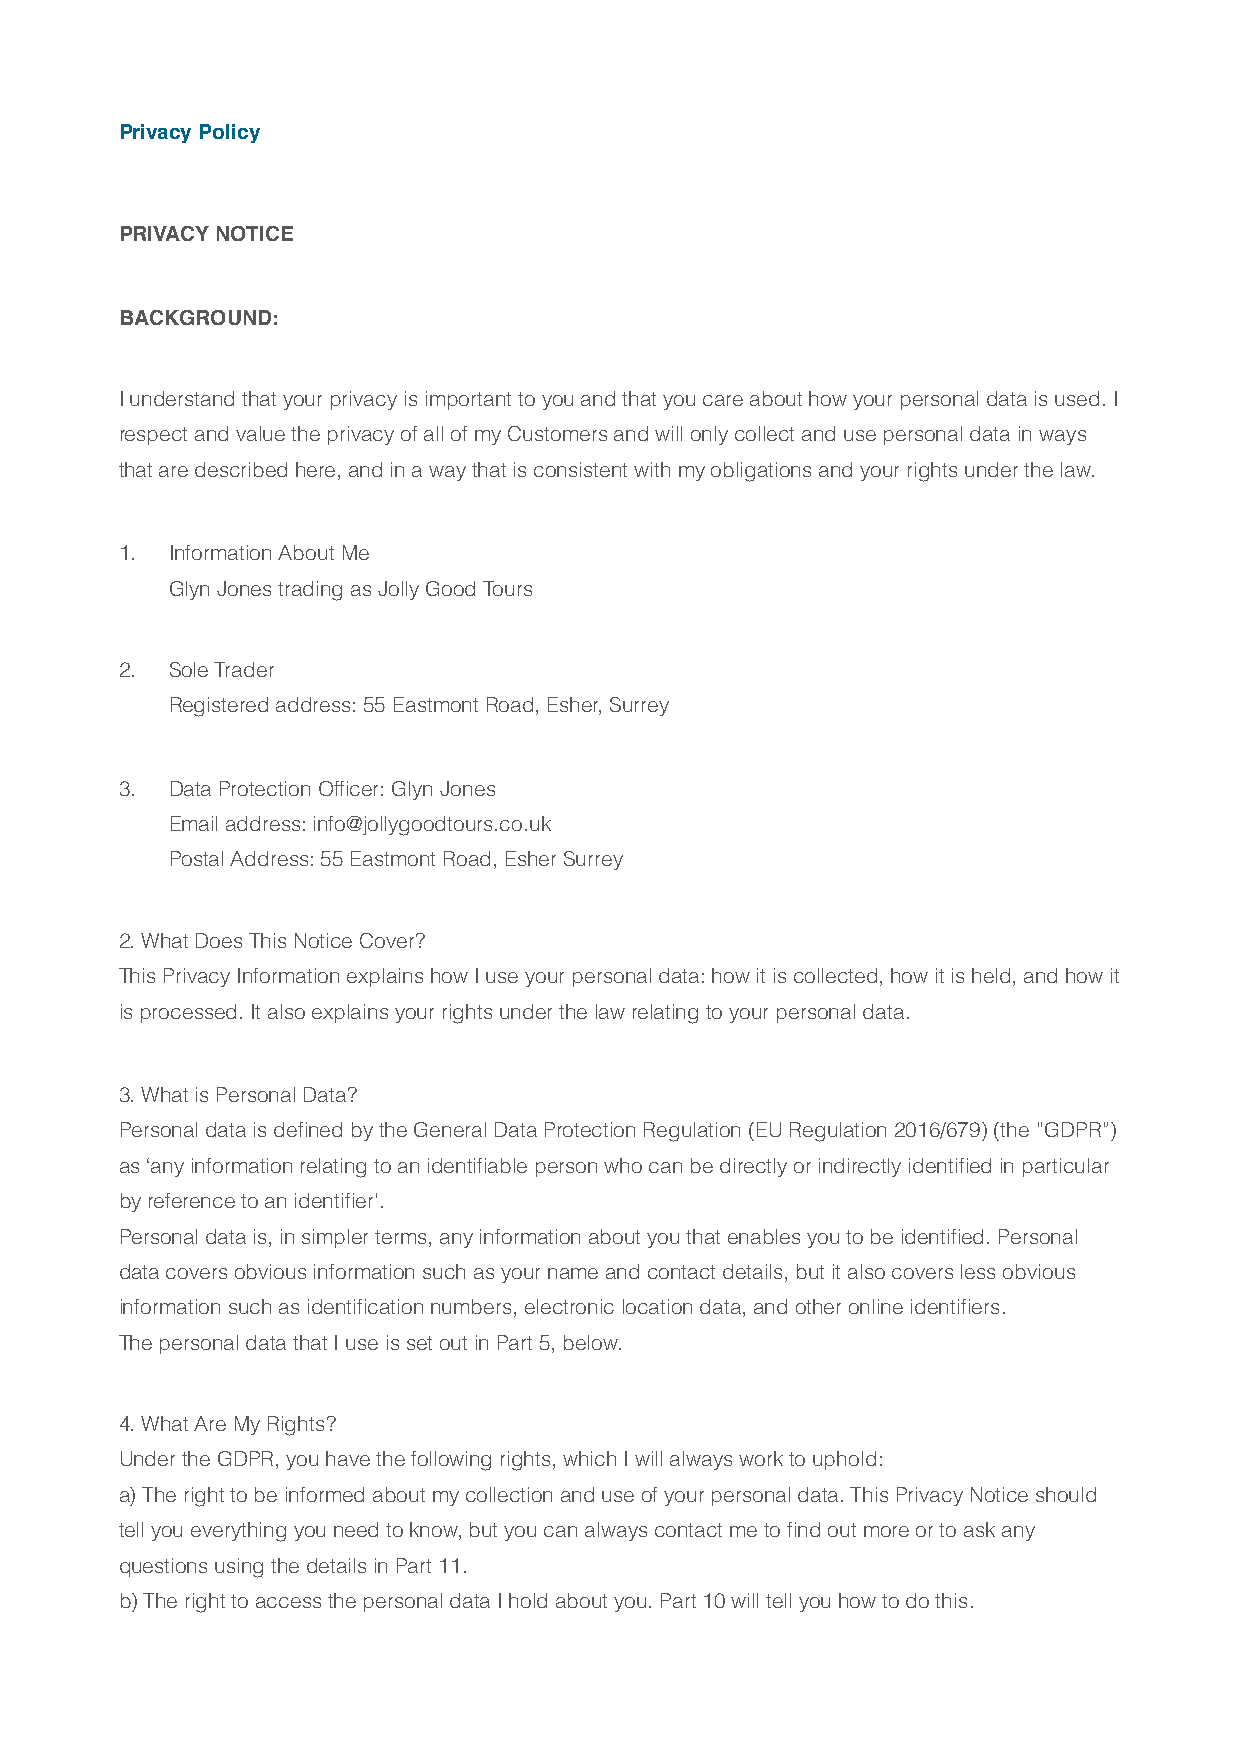
Privacy Policy
 PRIVACY NOTICE
 BACKGROUND:
 I understand that your privacy is important to you and that you care about how your personal data is used. I
 respect and value the privacy of all of my Customers and will only collect and use personal data in ways
 that are described here, and in a way that is consistent with my obligations and your rights under the law.
 1. Information About Me
 Glyn Jones trading as Jolly Good Tours
 2. Sole Trader
 Registered address: 55 Eastmont Road, Esher, Surrey
 3. Data Protection Officer: Glyn Jones
 Email address: info@jollygoodtours.co.uk
 Postal Address: 55 Eastmont Road, Esher Surrey
 2. What Does This Notice Cover?
 This Privacy Information explains how I use your personal data: how it is collected, how it is held, and how it
 is processed. It also explains your rights under the law relating to your personal data.
 3. What is Personal Data?
 Personal data is defined by the General Data Protection Regulation (EU Regulation 2016/679) (the “GDPR”)
 as ‘any information relating to an identifiable person who can be directly or indirectly identified in particular
 by reference to an identifier’.
 Personal data is, in simpler terms, any information about you that enables you to be identified. Personal
 data covers obvious information such as your name and contact details, but it also covers less obvious
 information such as identification numbers, electronic location data, and other online identifiers.
 The personal data that I use is set out in Part 5, below.
 4. What Are My Rights?
 Under the GDPR, you have the following rights, which I will always work to uphold:
 a) The right to be informed about my collection and use of your personal data. This Privacy Notice should
 tell you everything you need to know, but you can always contact me to find out more or to ask any
 questions using the details in Part 11.
 b) The right to access the personal data I hold about you. Part 10 will tell you how to do this.